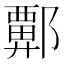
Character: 𫑬